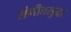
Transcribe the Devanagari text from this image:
संगीतसुद्धा